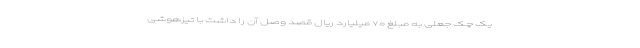
یک چک جعلی به مبلغ ۷۰ میلیارد ریال قصد وصل آن را داشت با تیزهوشی